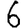
Digit: 6